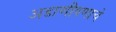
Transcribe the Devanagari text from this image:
अडाणीपणाचे